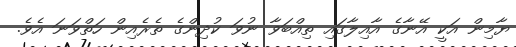
ޔާމިން އަކީ އޭނާގެ އާއިލާގައި ތިއްބަވާ ނުވަ ކުދިންގެ ތެރެއިން ހަތްވަނަ އެވެ.